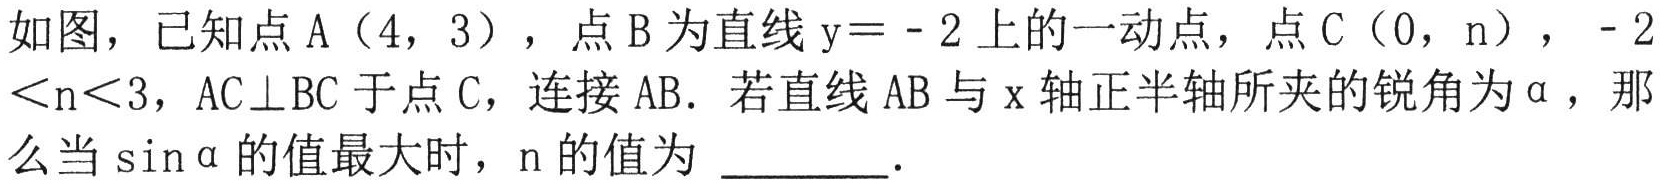
如图，已知点A（4，3），点B为直线y = - 2上的一动点，点C（0，n），- 2＜n＜3，AC⊥BC于点C，连接AB．若直线AB与x轴正半轴所夹的锐角为\(\alpha\)，那么当\(\sin\alpha\)的值最大时，n的值为  ．